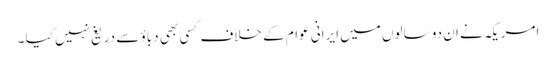
امریکہ نے ان دو سالوں میں ایرانی عوام کے خلاف کسی بھی دباؤ سے دریغ نہیں کیا ۔